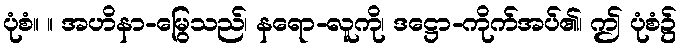
ပုံစံ။ ။ အဟိနာ-မြွေသည်၊ နရော-လူကို၊ ဒဋ္ဌော-ကိုက်အပ်၏၊ ဤ ပုံစံ၌